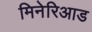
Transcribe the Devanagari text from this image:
मिनेरिआड